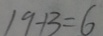
1 9 + 3 = 6